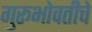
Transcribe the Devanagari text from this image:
गुरूभोवतीचे